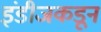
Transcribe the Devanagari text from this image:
इंडीजकडून